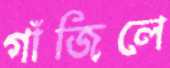
গাঁজিলে